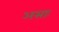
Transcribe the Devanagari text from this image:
असाः